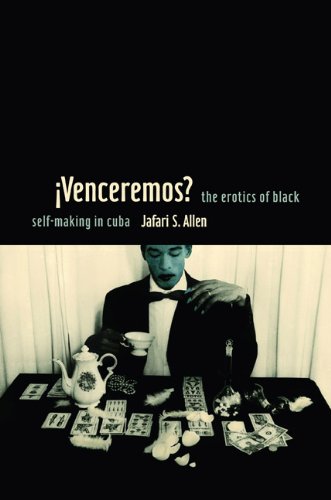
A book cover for iVenceremos?: The Erotics of Black Self-making in Cuba; Jafari Allen; Gay & Lesbian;